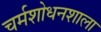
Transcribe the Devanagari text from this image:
चर्मशोधनशाला